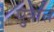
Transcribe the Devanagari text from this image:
पुत्रांत